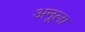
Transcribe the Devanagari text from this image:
अनूला